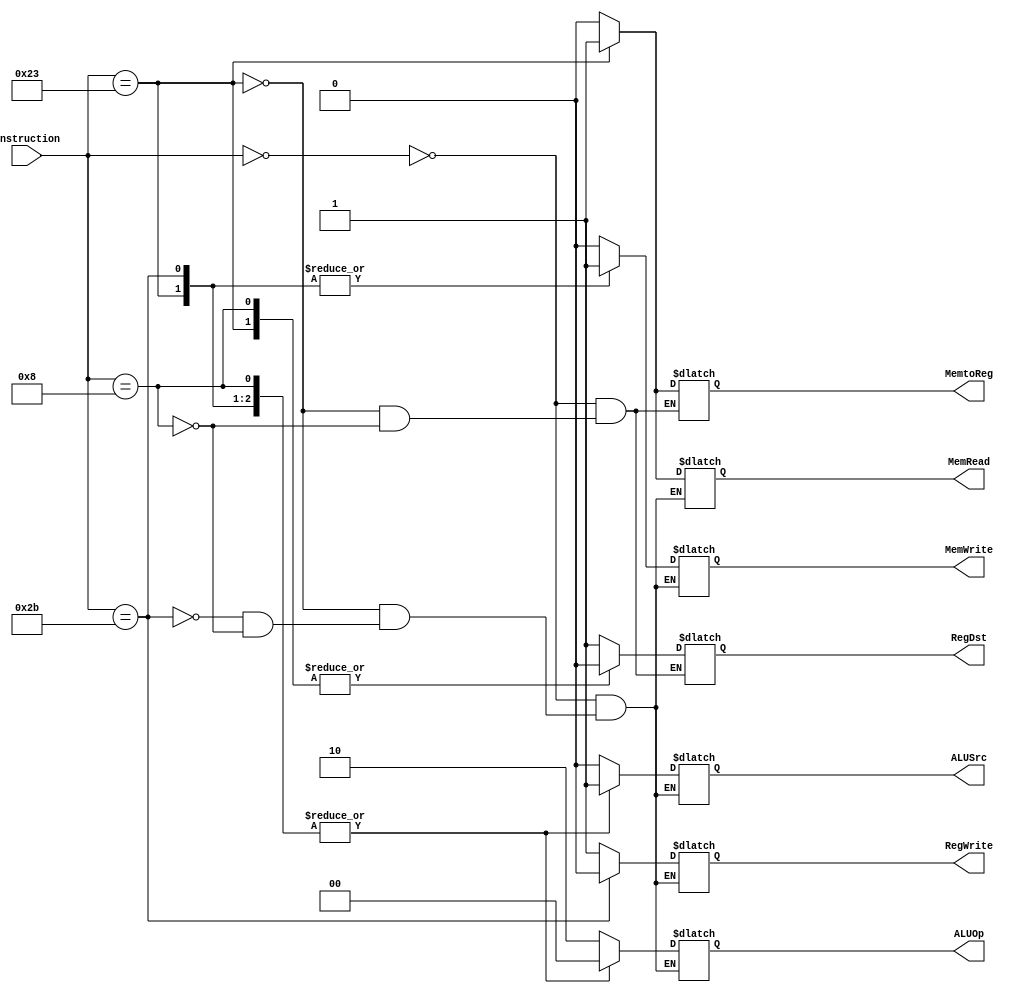
module control(
				instruction,
				RegDst,
				MemRead,
				MemtoReg,
				ALUOp,
				MemWrite,
				ALUSrc,
				RegWrite);

	
	input 		[5:0] 	instruction;
	
	output reg 			RegDst, MemRead, MemtoReg,
			 			MemWrite, ALUSrc, RegWrite;
	output reg 	[1:0] ALUOp;


always @ (instruction) begin
	case (instruction)
	
		0: begin
			RegDst = 1;
			RegWrite = 1;
			ALUSrc = 0;
			MemtoReg = 0;
			MemRead = 0;
			MemWrite = 0;
			ALUOp = 2'b10;
			end
		35: begin
			RegDst = 0;
			MemWrite = 0;
			ALUSrc = 1;
			MemtoReg = 1;
			RegWrite = 1;
			MemRead = 1;
			MemWrite = 1;
			ALUOp = 2'b0;
			end
		43: begin
			ALUSrc = 1;
			MemWrite = 1;
			RegWrite = 0;
			MemRead = 0;
			ALUOp = 2'b0;
			end
		8: begin
			RegDst = 0;
			MemtoReg = 0;
			MemRead = 0;
			MemWrite = 0;
			ALUSrc = 1;
			RegWrite = 1;
			ALUOp = 2'b0;
			end
	endcase
end
endmodule